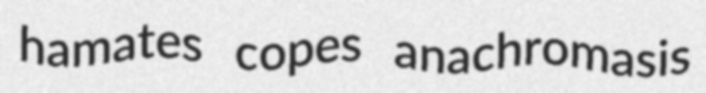
hamates copes anachromasis